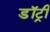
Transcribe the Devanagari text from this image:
डॉट्री